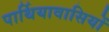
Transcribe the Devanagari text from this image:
पार्थियावासियों